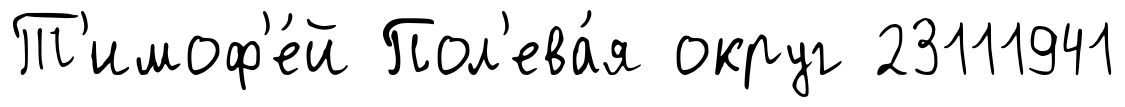
Т'имоф'е́й Пол'ева́я округ 23111941